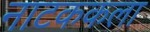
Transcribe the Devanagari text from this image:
नाटककला